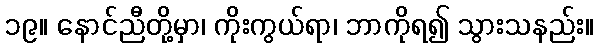
၁၉။ နောင်ညီတို့မှာ၊ ကိုးကွယ်ရာ၊ ဘာကိုရ၍ သွားသနည်း။